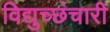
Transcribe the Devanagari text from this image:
विद्युच्छंचारी